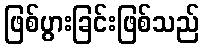
ဖြစ်ပွားခြင်းဖြစ်သည်